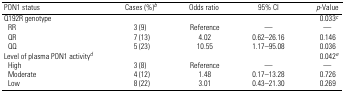
| PON1 status | Cases (%)b | Odds ratio | 95% CI | p-Value |
 | --- | --- | --- | --- | --- |
 | Q192R genotype |  |  |  | 0.033c |
 | RR | 3 (9) | Reference | — | — |
 | QR | 7 (13) | 4.02 | 0.62–26.16 | 0.146 |
 | QQ | 5 (23) | 10.55 | 1.17–95.08 | 0.036 |
 | Level of plasma PON1 activityd |  |  |  | 0.042e |
 | High | 3 (8) | Reference | — | — |
 | Moderate | 4 (12) | 1.48 | 0.17–13.28 | 0.726 |
 | Low | 8 (22) | 3.01 | 0.43–21.30 | 0.269 |